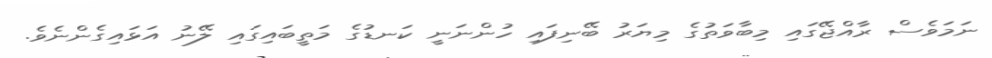
ނަމަވެސް ރާއްޖޭގައި މިބާވަތުގެ މިޔަރު ބޭނިފައި ހުންނަނީ ކަނޑުގެ މަތީބައިގައި ލޭނު އަޅައިގެންނެވެ.